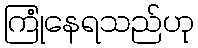
ကြုံနေရသည်ဟု